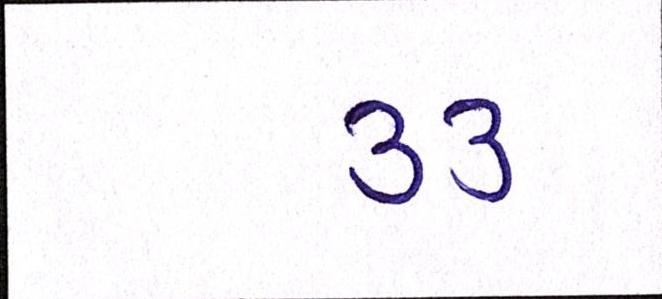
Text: ૩૩